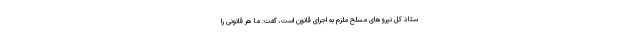
ستاد کل نیروهای مسلح ملزم به اجرای قانون است، گفت: ما هر قانونی را